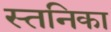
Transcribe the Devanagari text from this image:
स्तनिका